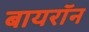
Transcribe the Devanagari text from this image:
बायराॅन